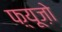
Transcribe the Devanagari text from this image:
फ़्यूज़ो